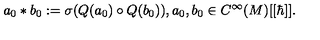
a _ { 0 } * b _ { 0 } : = \sigma ( Q ( a _ { 0 } ) \circ Q ( b _ { 0 } ) ) , a _ { 0 } , b _ { 0 } \in C ^ { \infty } ( M ) [ [ \hbar ] ] .